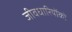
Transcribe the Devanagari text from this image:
जीवधारियोंको